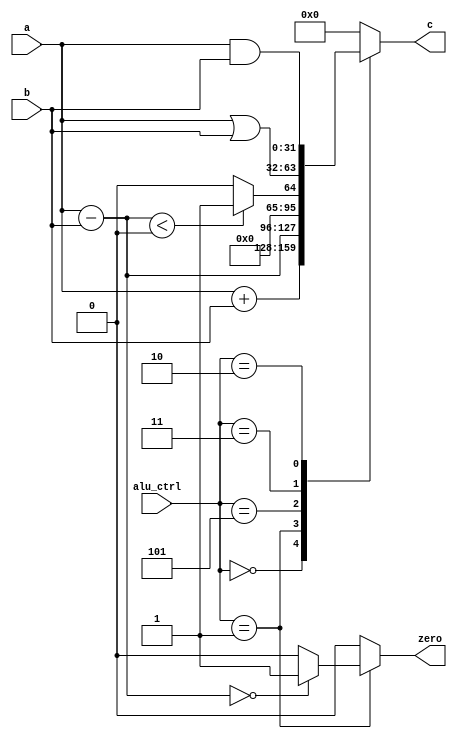
`timescale 1ns / 1ns
module alu (input [2:0] alu_ctrl,input signed [31:0]a,b,output  reg signed [31:0]c,output reg zero );
wire [31:0] annd=a&b;
wire [31:0] orr=a|b;
wire [31:0] addd=a+b;
wire [31:0] sub=a-b;
always @(*)
begin
case (alu_ctrl)
    3'b000:
    begin
    c=addd;
    zero = 0;
    end
    3'b001:
    begin
    c=sub;
    if(sub==0)
    zero=1;
    else
    zero=0;
    end
    3'b101:
    begin
    c=(a-b<0)?1:0;
    zero=0;
    end
    3'b011:
    begin
    c=orr;
    zero=0;
    end
    3'b010:
    begin
    c=annd;
    zero=0;
    end
    default:
    begin
    c=0;
    zero=0; 
    end
endcase
end
endmodule